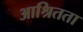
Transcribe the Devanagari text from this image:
आश्रितता